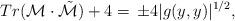
LaTeX: \begin{align*} Tr(\mathcal{M}\cdot\tilde{\mathcal{M}})+4=\,\pm4|g(y,y)|^{1/2}, \end{align*}